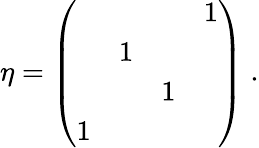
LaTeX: \eta=\left(\begin{array}{llll}{{}}&{{}}&{{}}&{{1}}\\ {{}}&{{1}}&{{}}&{{}}\\ {{}}&{{}}&{{1}}&{{}}\\ {{1}}&{{}}&{{}}&{{}}\end{array}\right)\; .